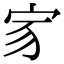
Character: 𡧘